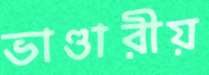
ভাণ্ডারীয়